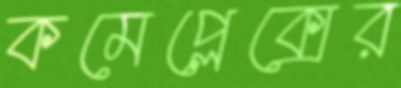
কমেপ্লেক্সের